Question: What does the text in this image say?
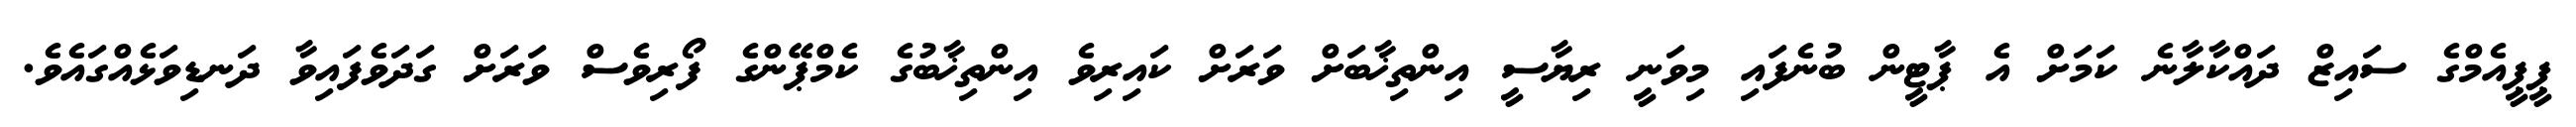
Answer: ޕީޕީއެމްގެ ސައިޒް ދައްކާލާނެ ކަމަށް އެ ޕާޓީން ބުނެފައި މިވަނީ ރިޔާސީ އިންތިޚާބަށް ވަރަށް ކައިރިވެ އިންތިޚާބުގެ ކެމްޕޭންގެ ފޯރިވެސް ވަރަށް ގަދަވެފައިވާ ދަނޑިވަޅެއްގައެވެ.